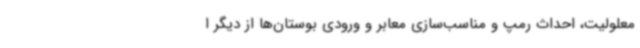
معلولیت، احداث رمپ و مناسب‌سازی معابر و ورودی بوستان‌ها از دیگر ا